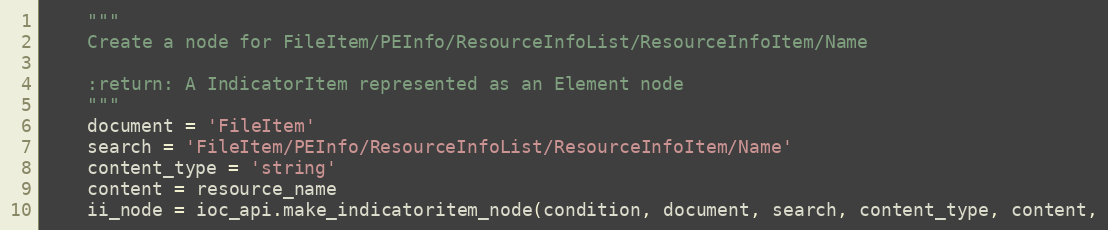
Language: Python
    """
    Create a node for FileItem/PEInfo/ResourceInfoList/ResourceInfoItem/Name

    :return: A IndicatorItem represented as an Element node
    """
    document = 'FileItem'
    search = 'FileItem/PEInfo/ResourceInfoList/ResourceInfoItem/Name'
    content_type = 'string'
    content = resource_name
    ii_node = ioc_api.make_indicatoritem_node(condition, document, search, content_type, content,